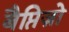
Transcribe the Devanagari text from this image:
बैप्तिज़ो